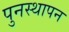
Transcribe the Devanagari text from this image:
पुनस्थापन